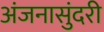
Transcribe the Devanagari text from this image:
अंजनासुंदरी